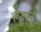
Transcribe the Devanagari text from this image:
रूहुल